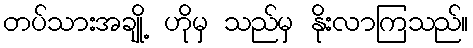
တပ်သားအချို့ ဟိုမှ သည်မှ နိုးလာကြသည်။